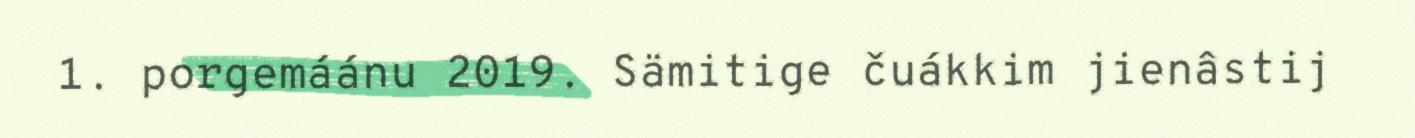
1. porgemáánu 2019. Sämitige čuákkim jienâstij